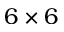
6 \times 6